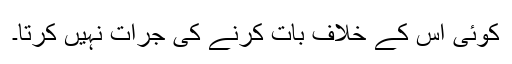
کوئی اس کے خلاف بات کرنے کی جرأت نہیں کرتا۔